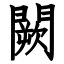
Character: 闕